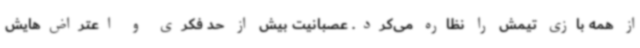
از همه بازی تیمش را نظاره می‌کرد. عصبانیت بیش از حد فکری و اعتراض‌هایش